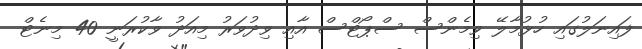
ފައިނަލުގައި ހުޅުމާލޭ ވިމެންސް ސްޕޯޓްސް އާއި ވިދުވަރު މިއަދު ވާކުރަނީ 40 މިނެޓް